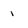
Character: i